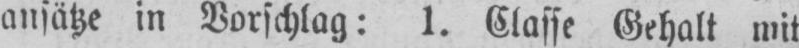
ansätze in Vorschlag: l. Classe Gehalt mit